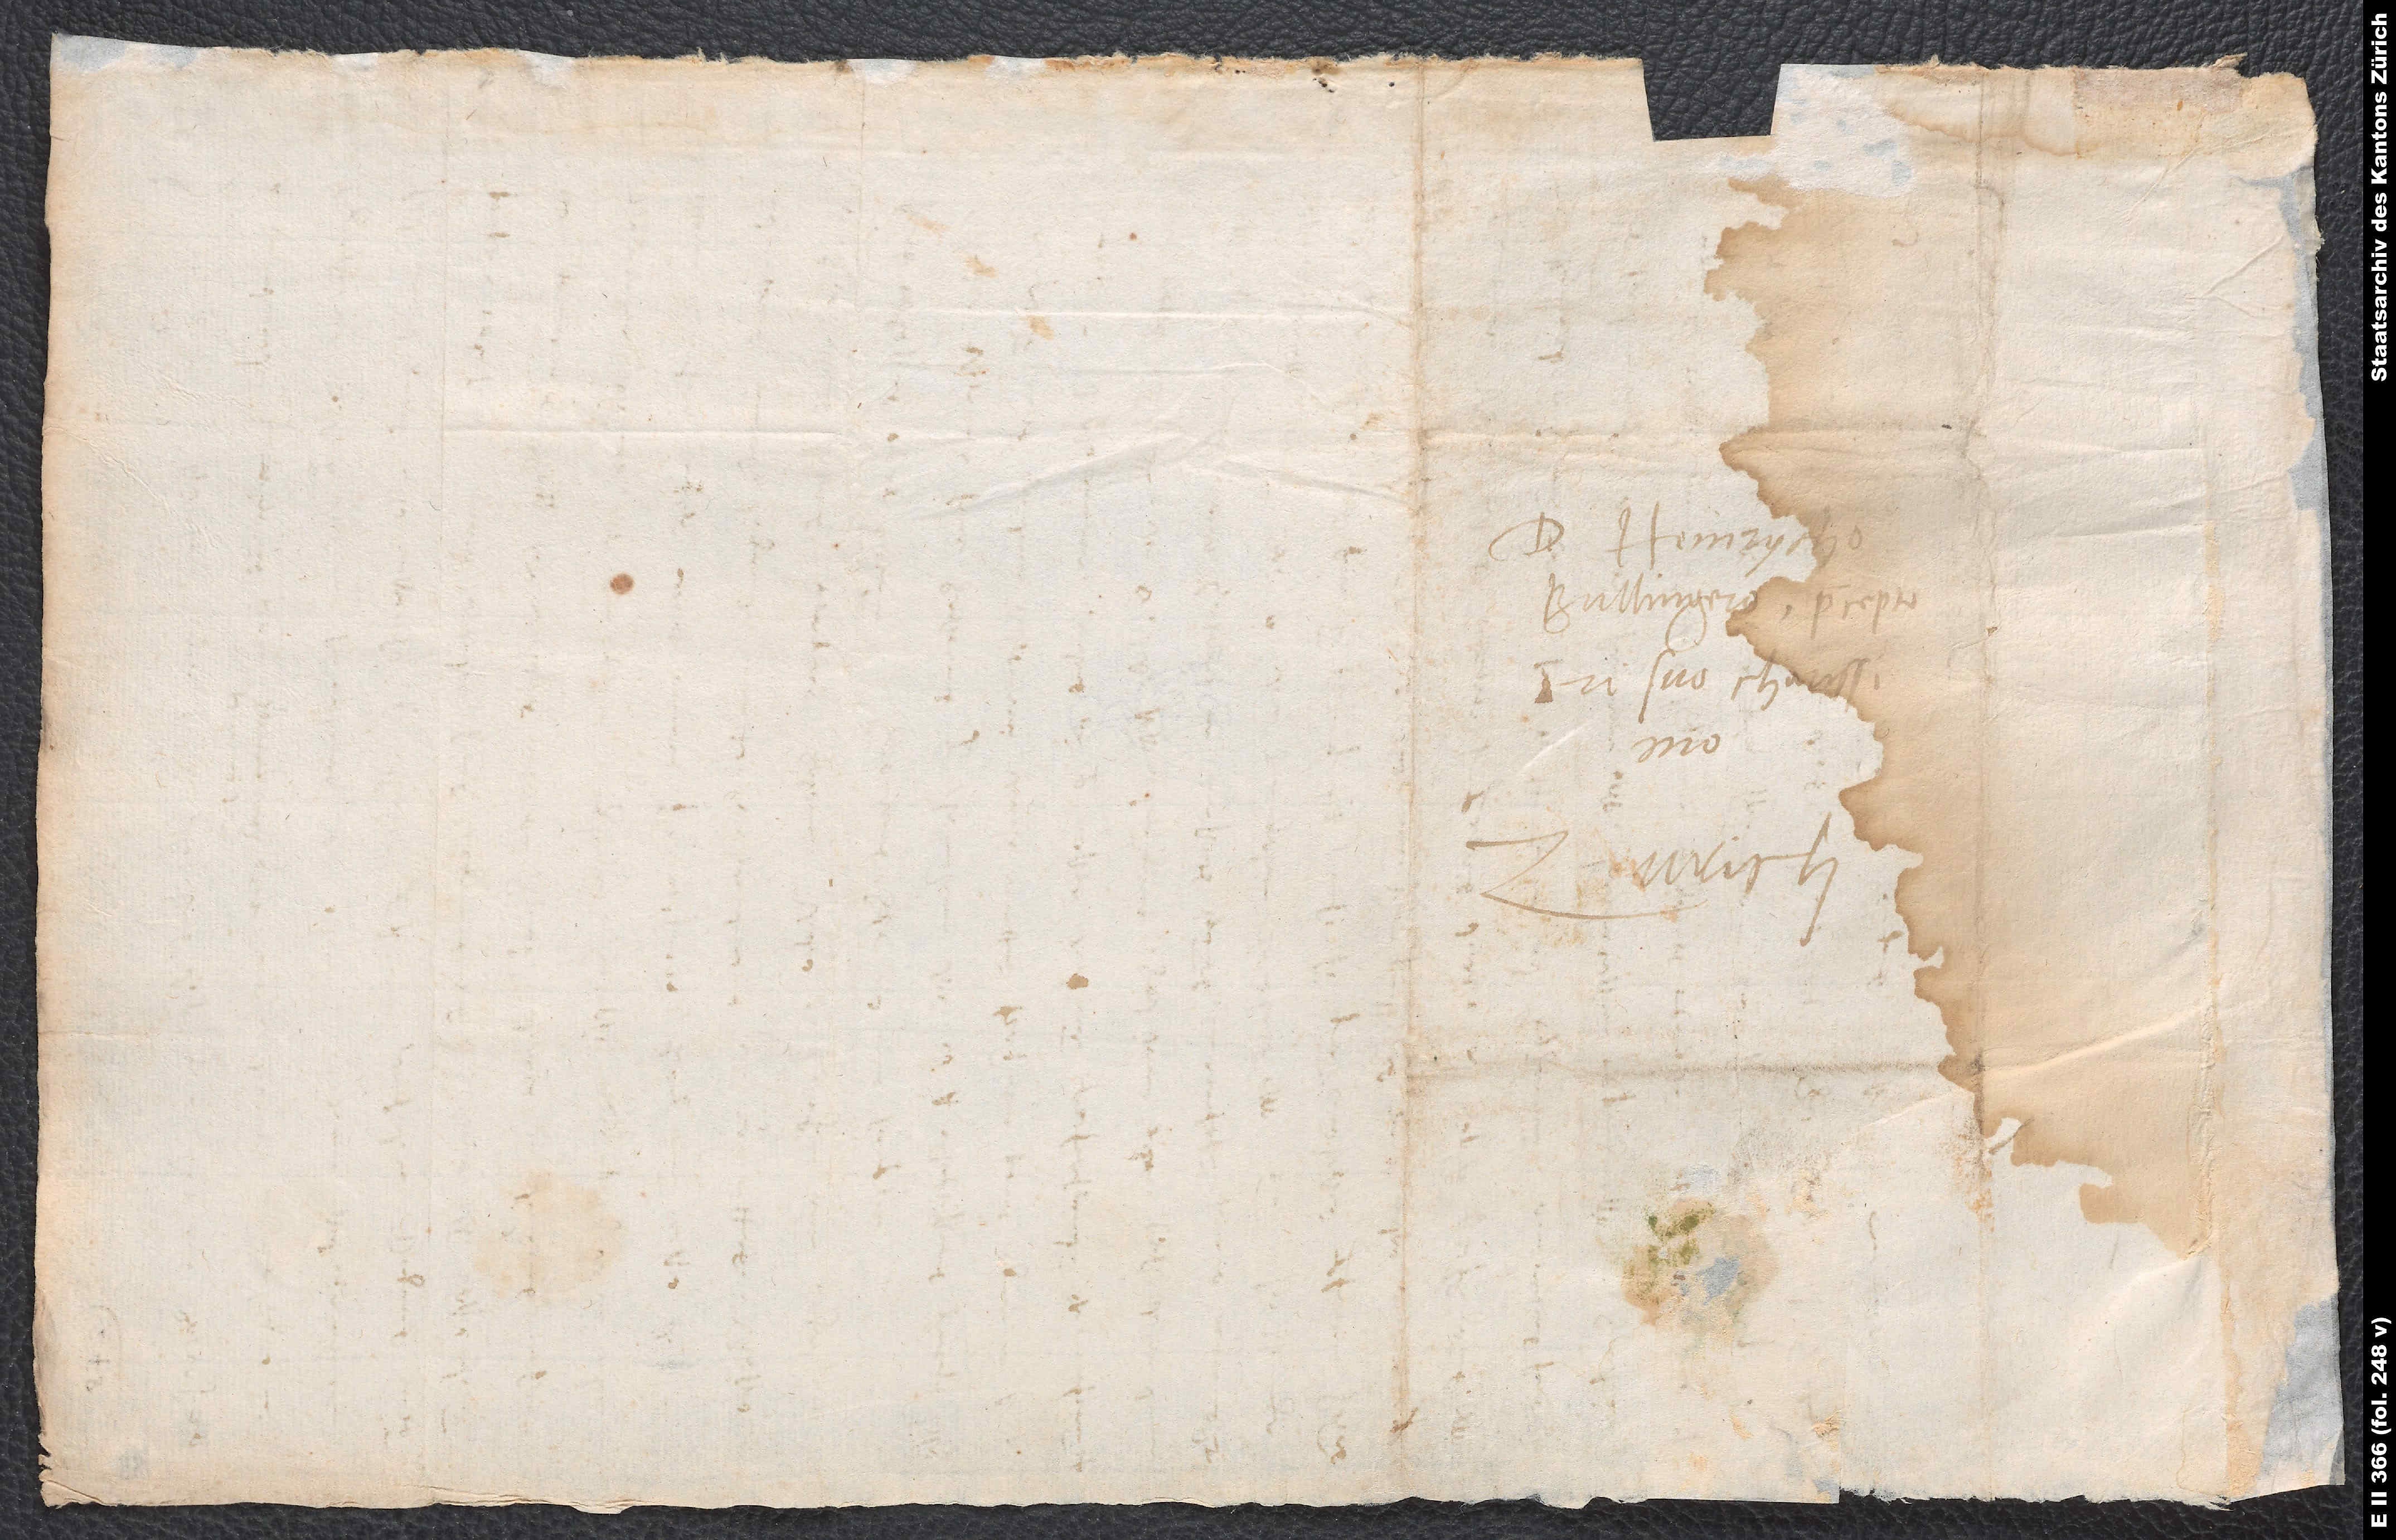
D. Heinrycho
Bullingero, praeceptori
domino.
Zurich.